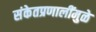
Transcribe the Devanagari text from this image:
संकेतप्रणालींमुळे